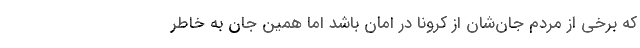
که برخی از مردم جان‌شان از کرونا در امان باشد اما همین جان به خاطر